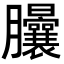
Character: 𦣙